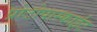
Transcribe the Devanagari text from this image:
प्रोटोपास्काईट